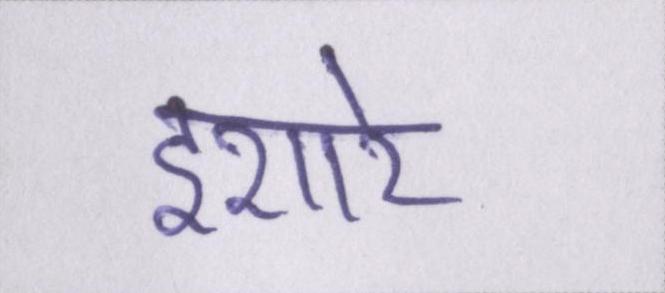
इशारे